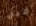
قبل